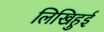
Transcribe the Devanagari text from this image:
लिखिहुई